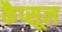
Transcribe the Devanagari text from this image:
कैप्‍सूल